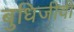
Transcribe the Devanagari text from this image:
बुधिजीवी